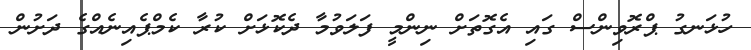
ހުޅަނގު ޕްރޮވިންސް ގައި އެގޮތަށް ނިންމީ ފަލަވުމާ ދެކޮޅަށް ކުރާ ކެމްޕެއިނެއްގެ ދަށުން